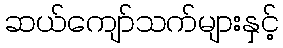
ဆယ်ကျော်သက်များနှင့်